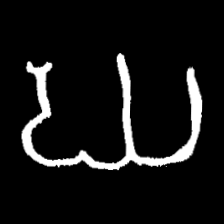
Pyu character \u2014 Myanmar letter: ဃ (romanized: gha)